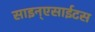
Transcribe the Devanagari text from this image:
साइन्एसाईटस